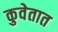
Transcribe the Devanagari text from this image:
कुवेतात